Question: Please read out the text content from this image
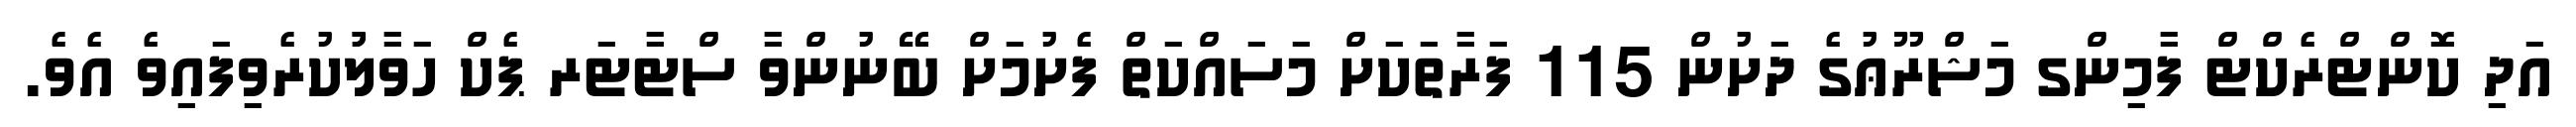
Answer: އަދި ކޮންޓްރެކްޓް ފާމިންގ މަޝްރޫޢުގެ ދަށުން 115 ފަރާތަކަށް މަސައްކަތް ފެށުމަށް ބޭނުންވާ ސްޓާޓަރ ޕެކް ހަވާލުުކުރެވިފައިވެ އެވެ.